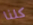
كلنا